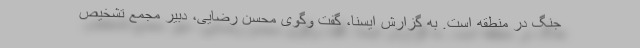
جنگ در منطقه است. به گزارش ایسنا، گفت وگوی محسن رضایی، دبیر مجمع تشخیص